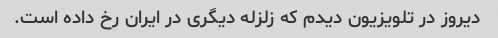
دیروز در تلویزیون دیدم که زلزله دیگری در ایران رخ داده است.